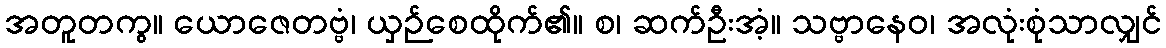
အတူတကွ။ ယောဇေတဗ္ဗံ၊ ယှဉ်စေထိုက်၏။ စ၊ ဆက်ဦးအံ့။ သဗ္ဗာနေဝ၊ အလုံးစုံသာလျှင်